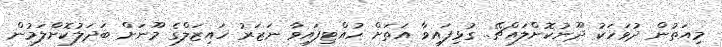
މިއަތުން ދުވަހަކު ދޫނުކޮށްލައްޗޭ.. ގުޅިފައިވާ އަތަށް ހުއްޓިފައިވާ ނަޒަރު ހައިޒަލްގެ މޫނަށް ބަދަލުކޮށްލަމުން